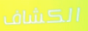
الكشاف